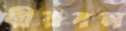
বীরবল